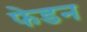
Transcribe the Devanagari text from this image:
फेडन